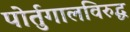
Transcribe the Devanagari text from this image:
पोर्तुगालविरुद्ध